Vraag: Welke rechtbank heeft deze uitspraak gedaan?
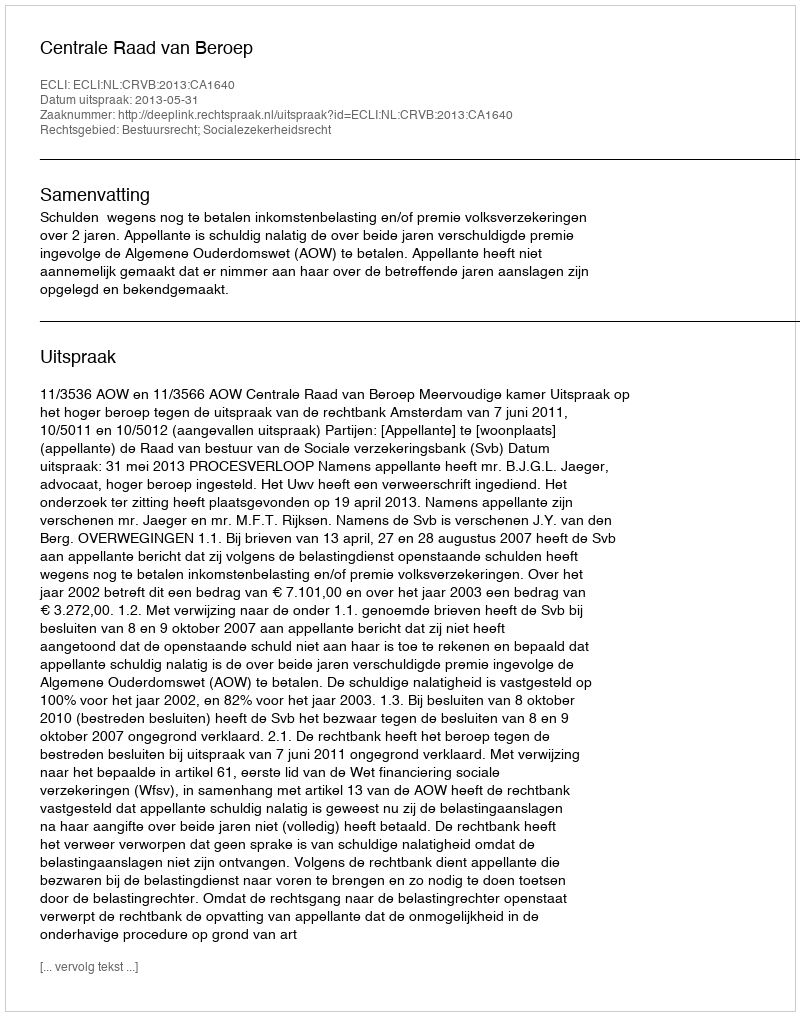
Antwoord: Centrale Raad van Beroep